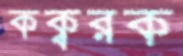
কক্বরক